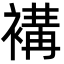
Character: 褠